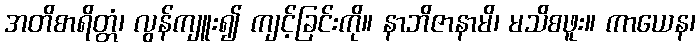
အတိစာရိတ္တံ၊ လွန်ကျူး၍ ကျင့်ခြင်းကို။ နာဘိဇာနာမိ၊ မသိစဖူး။ ကာယေန၊